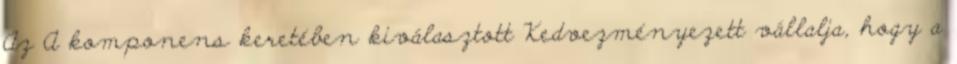
Az A komponens keretében kiválasztott Kedvezményezett vállalja, hogy a